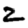
Digit: 2